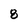
Character: 8